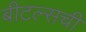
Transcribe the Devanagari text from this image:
बीटल्सची